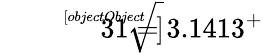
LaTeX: {\sqrt[[objectObject]]{31}}=3.1413^{+}